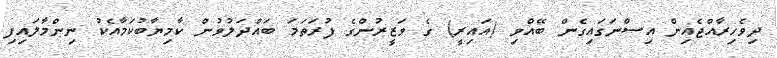
ދިވެހިރާއްޖެއިން އިސްނަގައިގެން ބޭއްވި (އައިރީ) ގެ ވަޒީރުންގެ ފުރަތަމަ ބައްދަލުވުން ކާމިޔާބުކަމާއެކު ނިންމާލައިފި